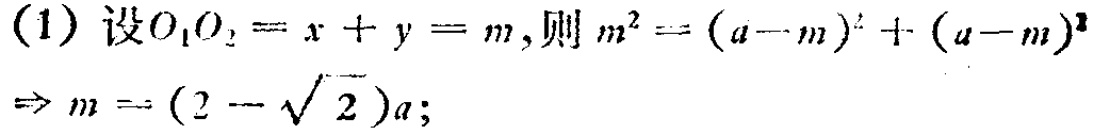
(1) 设\(O_{1}O_{2}=x + y = m\)，则\(m^{2}=(a - m)^{2}+(a - m)^{2}\)
\(\Rightarrow m=(2 - \sqrt{2})a\)；